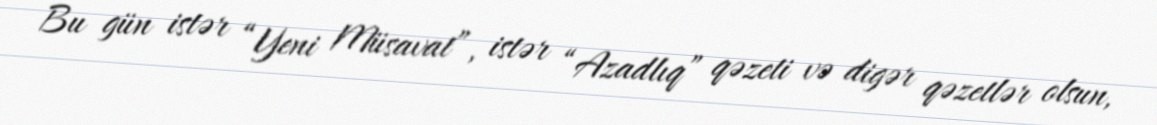
Bu gün istər “Yeni Müsavat”, istər “Azadlıq” qəzeti və digər qəzetlər olsun,